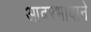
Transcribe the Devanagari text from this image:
आदरभावाने